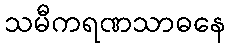
သမီကရဏသာဓနေ